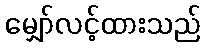
မျှော်လင့်ထားသည်